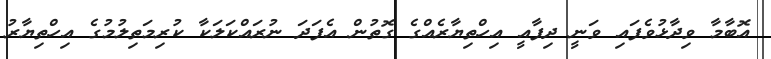
އޮބާމާ ވިދާޅުވެފައި ވަނީ ދިފާއީ އިހްތިޔާރެއްގެ ގޮތުން އެފަދަ ނުރައްކަލަކާ ކުރިމަތިލުމުގެ އިހްތިޔާރު